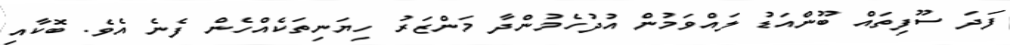
ފަދަ ސޫފިތައް ބޫންއަޑު ލައްވަމުން އުދުހެމުންދާ މަންޒަރު ހިޔަނިތަކެއްހެން ފެނެ އެވެ. ބޮކާއި